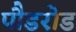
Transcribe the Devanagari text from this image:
पौडरोड